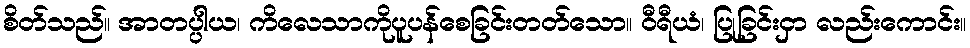
စိတ်သည်။ အာတပ္ပါယ၊ ကိလေသာကိုပူပန်စေခြင်းတတ်သော။ ဝီရီယံ၊ ပြုခြင်းငှာ လည်းကောင်း။